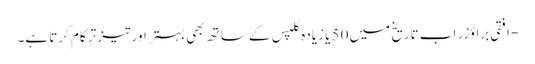
- افقی براؤزر اب تاریخ میں 50 یا زیادہ کلپس کے ساتھ بھی بہتر اور تیز تر کام کرتا ہے۔